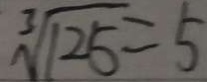
\sqrt [ 3 ] { 1 2 5 } = 5